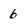
Character: 6